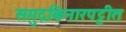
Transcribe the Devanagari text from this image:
समुद्रकिनारपट्टीत